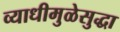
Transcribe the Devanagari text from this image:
व्याधीमुळेसुद्धा